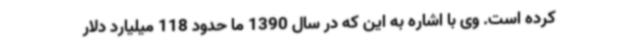
کرده است. وی با اشاره به این که در سال 1390 ما حدود 118 میلیارد دلار